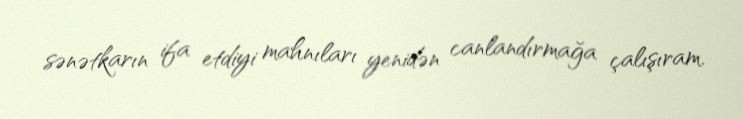
sənətkarın ifa etdiyi mahnıları yenidən canlandırmağa çalışıram.